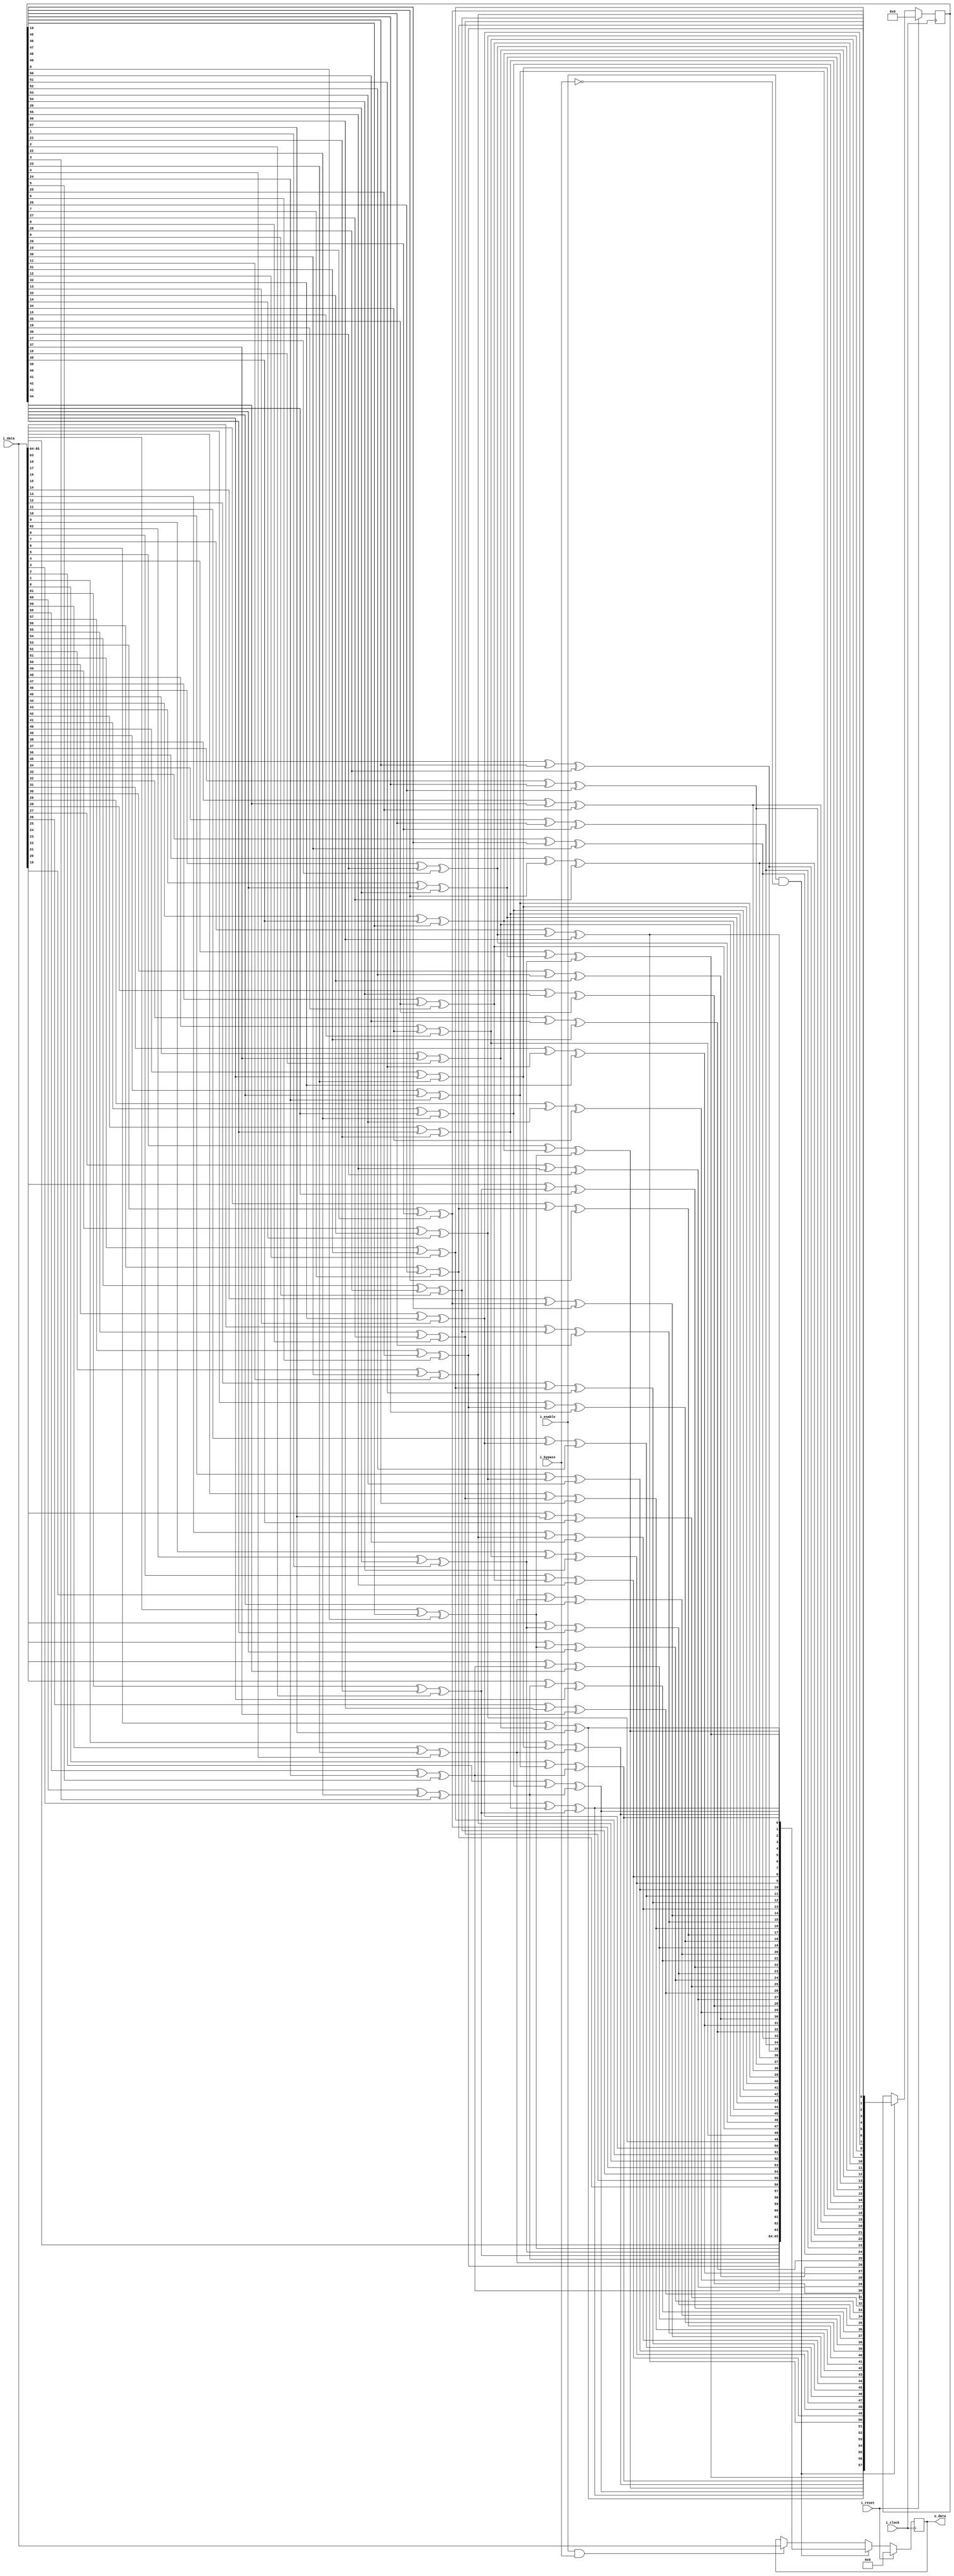




module scrambler
#(
	parameter LEN_SCRAMBLER   = 58,
	parameter LEN_CODED_BLOCK = 66,
	parameter SEED			  = 0
 )
 (
 	input wire  						i_clock,
 	input wire  						i_reset,
 	input wire  						i_enable,
 	input wire							i_bypass,
 	input wire  [LEN_CODED_BLOCK-1 : 0] i_data,

 	output wire [LEN_CODED_BLOCK-1 : 0] o_data
 );


//INTERNAL SIGNALS
integer i;
wire [1 : 0]				 sync_header;
(* keep = "true" *) reg  [LEN_CODED_BLOCK-1 : 0] output_data;
reg  [LEN_CODED_BLOCK-1 : 0] scrambled_data; 

(* keep = "true" *) reg  [LEN_SCRAMBLER-1   : 0] scrambler_state;
//reg  [LEN_SCRAMBLER-1   : 0] scrambler_state;
reg  [LEN_SCRAMBLER-1   : 0] scrambler_state_next;
reg out_bit_N;

assign sync_header = i_data[LEN_CODED_BLOCK-1 -: 2];

//PORTS
assign o_data = output_data;

//scrambler state
always @(posedge i_clock)
begin
	if (i_reset)
		scrambler_state <= SEED;
	else if (i_enable && (!i_bypass))
 		scrambler_state <= scrambler_state_next;


end

//output
 always @ (posedge i_clock)
 begin 
 	if(i_reset)begin
 		output_data <= {LEN_CODED_BLOCK{1'b0}};
 	end 
 	else if (i_enable && (!i_bypass))begin
 		output_data <= scrambled_data;
 	end
 	else if (i_enable &&  i_bypass)begin
 		output_data <= i_data;
 	end
 end


//ALGORITHM BEGIN
always @ *
begin // etapa 1
	out_bit_N = 0;
	scrambled_data 		 = {sync_header,{LEN_CODED_BLOCK-2{1'b0}}};
	scrambler_state_next = scrambler_state;
	for(i=LEN_CODED_BLOCK-3; i >= 0; i=i-1)
	begin
		//out_bit_N = (i_data[i] ^ scrambler_state_next[38] ^ scrambler_state_next[57]);
		out_bit_N = (i_data[i] ^ scrambler_state_next[57-38] ^ scrambler_state_next[0]);
		scrambled_data[i] = out_bit_N;
		scrambler_state_next = {out_bit_N,scrambler_state_next[LEN_SCRAMBLER-1 : 1]} ;

	end 
end

endmodule